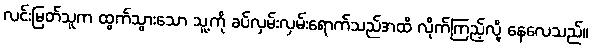
လင်းမြတ်သူက ထွက်သွားသော သူ့ကို ခပ်လှမ်းလှမ်းရောက်သည်အထိ လိုက်ကြည့်လို့ နေလေသည်။